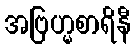
အဗြဟ္မစာရိနီ